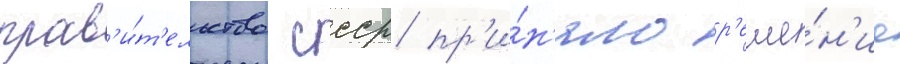
прав'и́т'ельство ссср пр'и́н'яло р'еше́н'ие